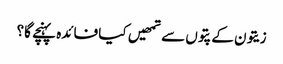
زیتون کے پتوں سے تمھیں کیا فائدہ پہنچے گا؟